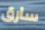
سارق